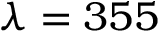
\lambda = 3 5 5